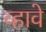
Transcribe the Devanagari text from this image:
व्‍हावे